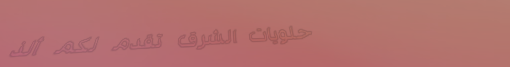
حلويات الشرق تقدم لكم ألذ